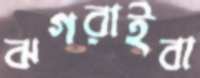
ঝগরাইবা